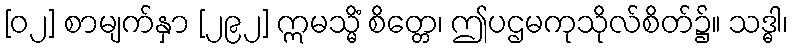
[၀၂] စာမျက်နှာ [၂၉၂] ဣမသ္မိံ စိတ္တေ၊ ဤပဌမကုသိုလ်စိတ်၌။ သဒ္ဓါ၊